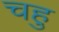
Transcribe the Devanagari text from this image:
चहु